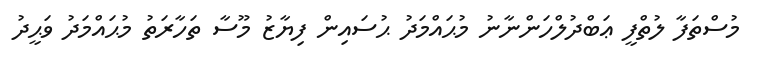
މުސްތަފާ ލުތްފީ ޢަބްދުލްހަންނާނު މުޙައްމަދު ޙުސައިން ފިޔާޒު މޫސާ ތަހާރަތު މުޙައްމަދު ވަޙީދު